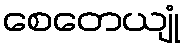
စေတေယျုံ